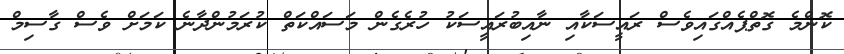
ކޮންމެ ގޮތްޕެއްގައިވެސް ރައީސަކާއި ނާއިބުރައީސަކު ހުރެގެން މަސައްކަތް ކުރަމުންދާނެ ކަމަށް ވެސް ގާސިމް